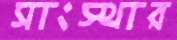
সাংস্থার